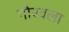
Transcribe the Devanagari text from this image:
गौरवला